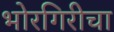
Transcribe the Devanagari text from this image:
भोरगिरीचा